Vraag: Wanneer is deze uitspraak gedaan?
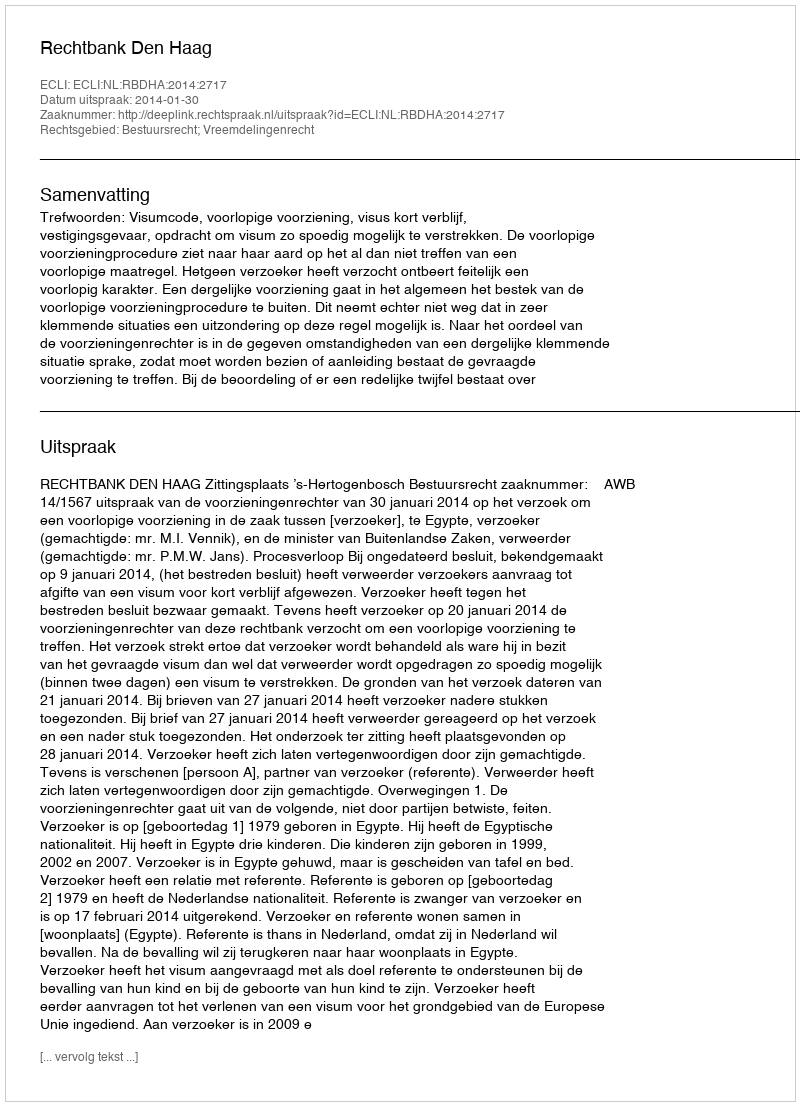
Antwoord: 2014-01-30